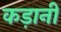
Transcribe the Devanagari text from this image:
कड़ानी